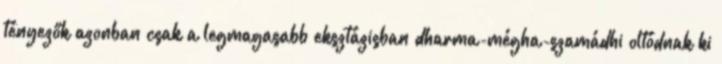
tényezők azonban csak a legmagasabb eksztázisban dharma-mégha-szamádhi oltódnak ki